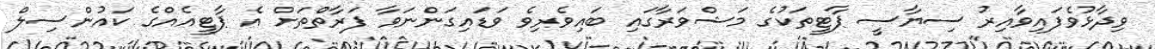
ވިދާޅުވެފައިވާއިރު ސިޔާސީ ޕާޓީތަކުގެ މަޝްވަރާގައި ބައިވެރިވެ ވަޑައިގަންނަވާ ފަރާތްތަށް އެ ޕާޓީއެއްގެ ކައުންސިލް